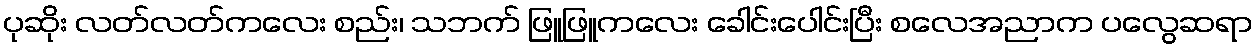
ပုဆိုး လတ်လတ်ကလေး စည်း၊ သဘက် ဖြူဖြူကလေး ခေါင်းပေါင်းပြီး စလေအညာက ပလွေဆရာ